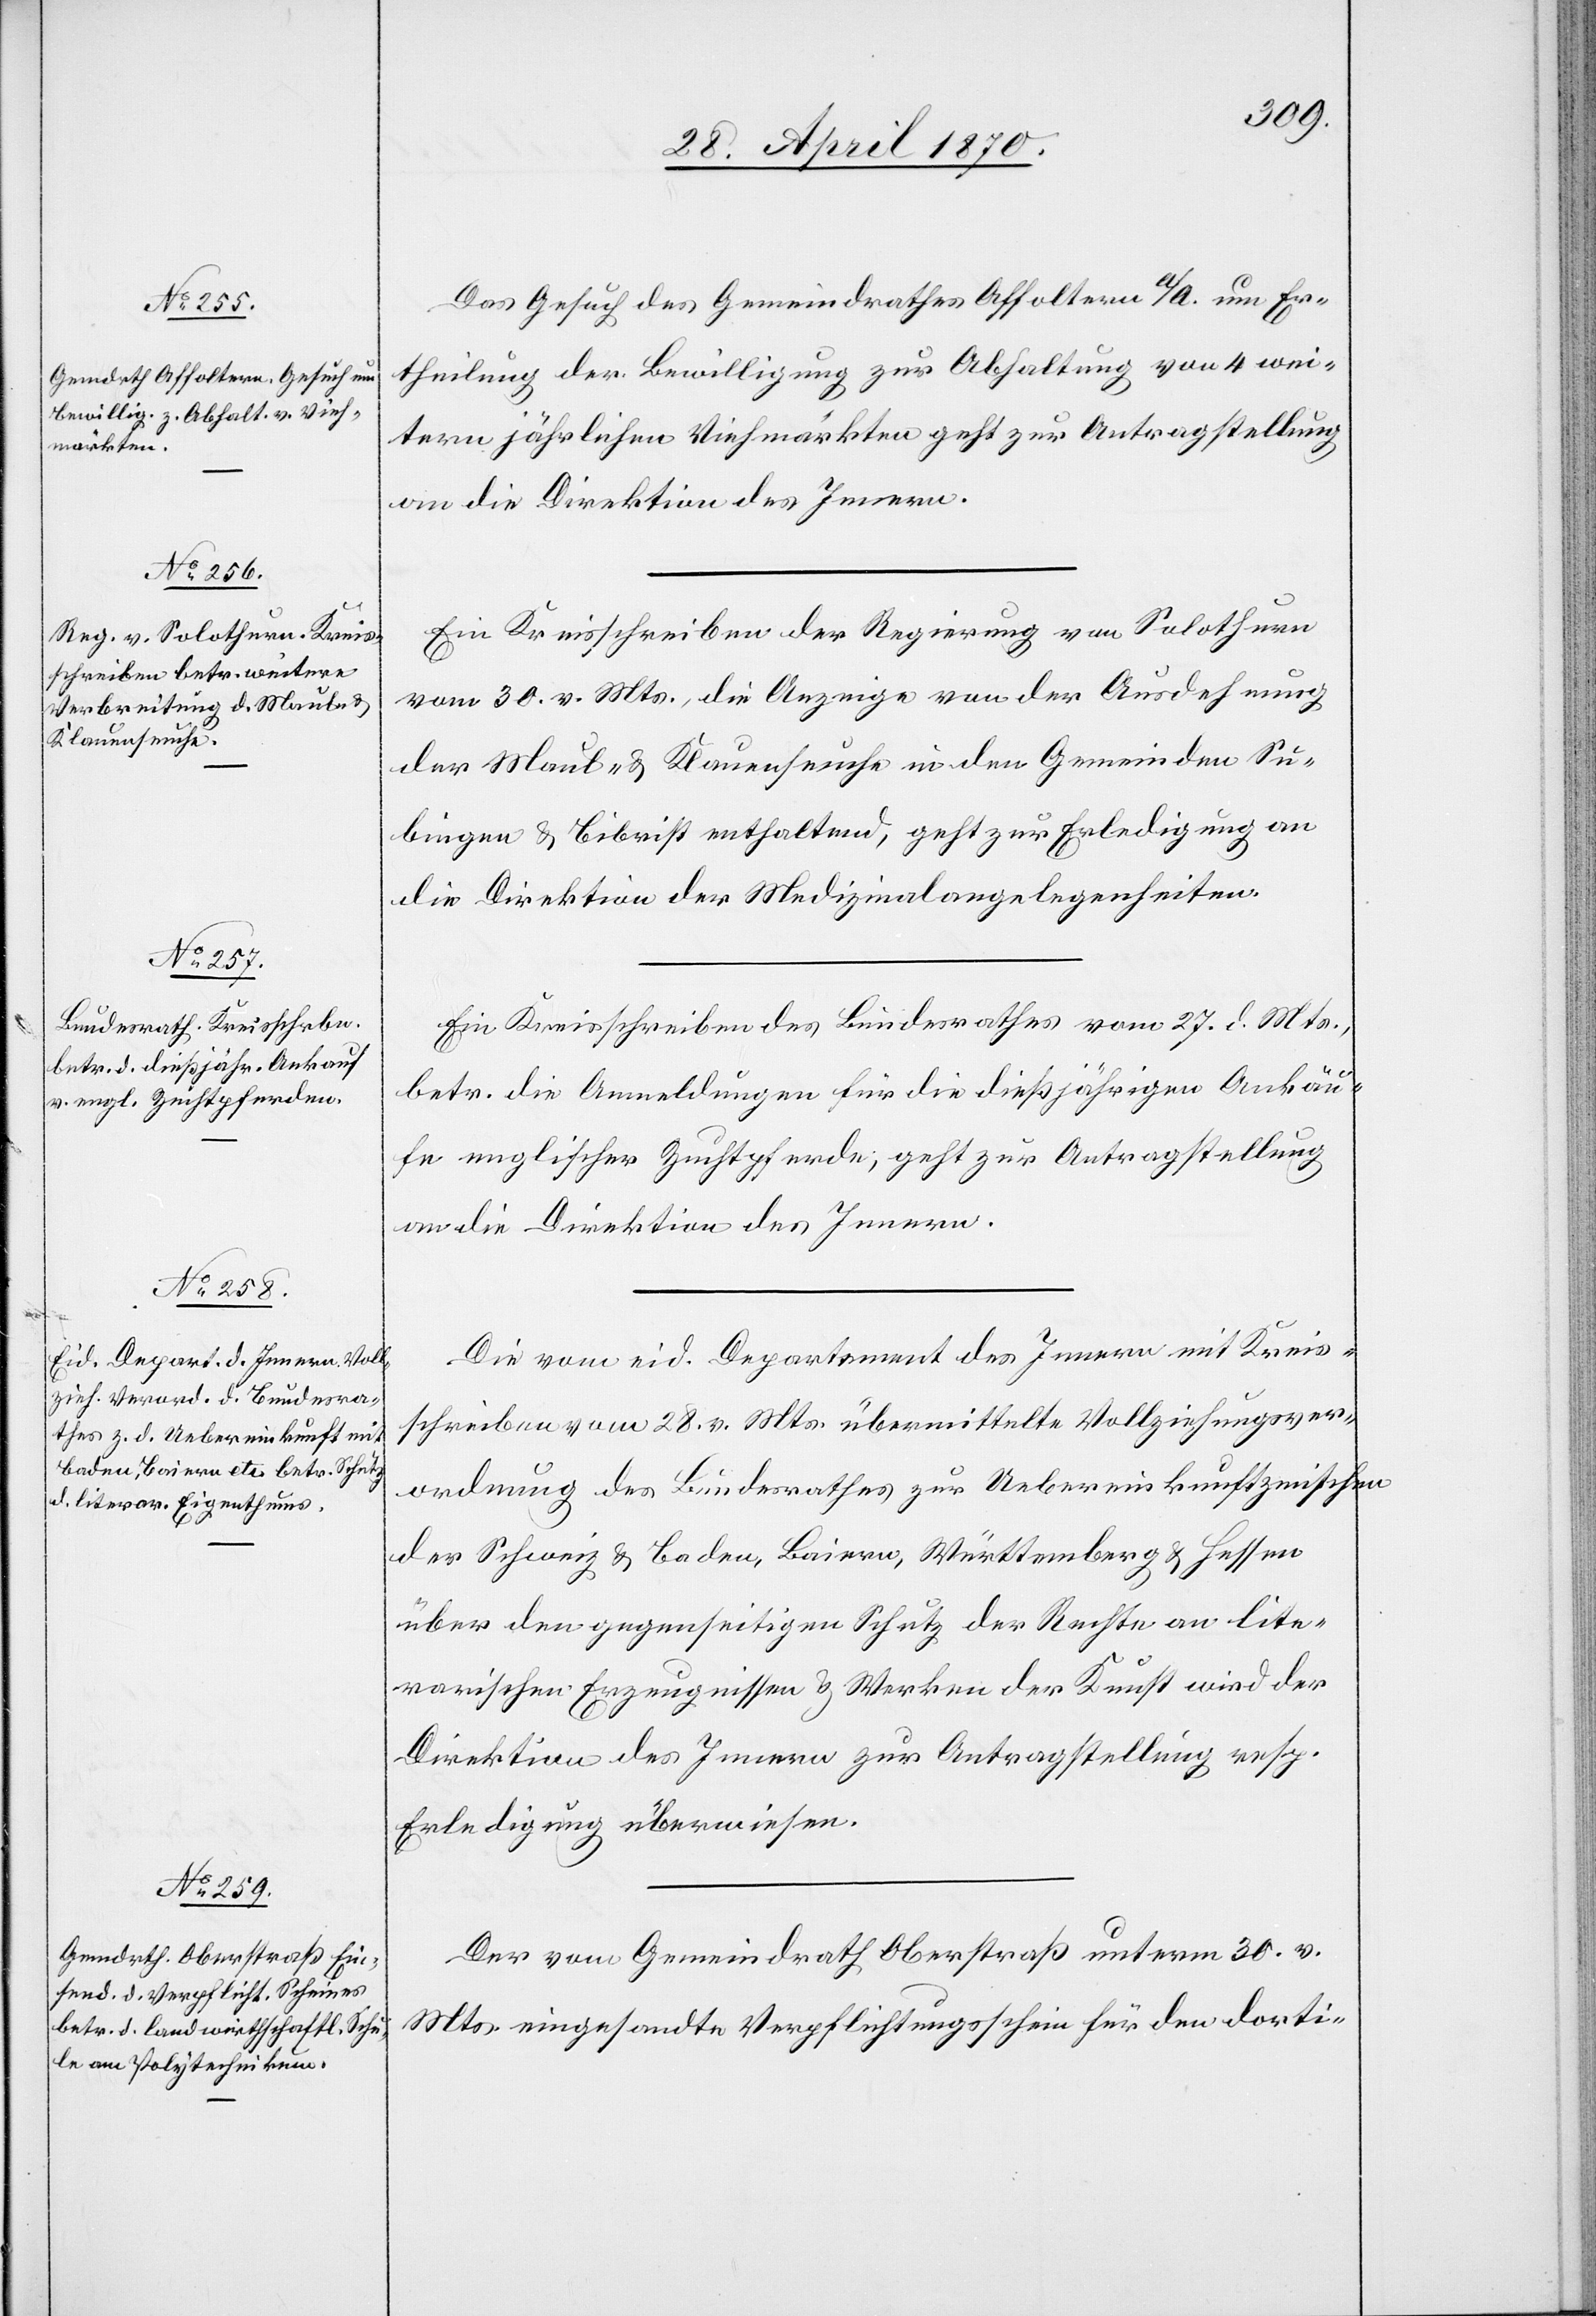
2. Mai 1870.]
Das Gesuch des Gemeindrathes Affoltern a/A. um Er¬
theilung der Bewilligung zur Abhaltung von 4 wei¬
tern jährlichen Viehmärkten geht zur Antragstellung
an die Direktion des Innern.
Ein Kreisschreiben der Regierung von Solothurn
vom 30. v. Mts., die Anzeige von der Ausdehnung
der Maul- & Klauenseuche in den Gemeinden Su¬
bingen & Bibrist enthaltend, geht zur Erledigung an
die Direktion der Medizinalangelegenheiten.
Ein Kreisschreiben des Bundesrathes vom 27. d. Mts.,
betr. die Anmeldungen für die dießjährigen Ankäu¬
fe englischer Zuchtpferde geht zur Antragstellung
an die Direktion des Innern.
Die vom eid. Departement des Innern mit Kreis¬
schreiben vom 28. v. Mts. übermittelte Vollziehungsver¬
ordnung des Bundesrathes zur Uebereinkunft zwischen
der Schweiz & Baden, Baiern, Württemberg & Hessen
über den gegenseitigen Schutz der Rechte an lite¬
rarischen Erzeugnissen & Werken der Kunst wird der
Direktion des Innern zur Antragstellung resp.
Erledigung überwiesen.
Der vom Gemeindrath Oberstraß unterm 30. v.
Mts. eingesandte Verpflichtungsschein für den dorti-